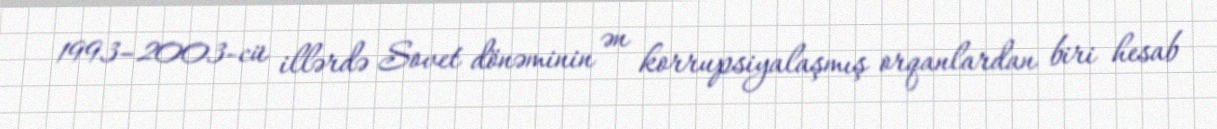
1993–2003-cü illərdə Sovet dönəminin ən korrupsiyalaşmış orqanlardan biri hesab